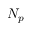
N _ { p }